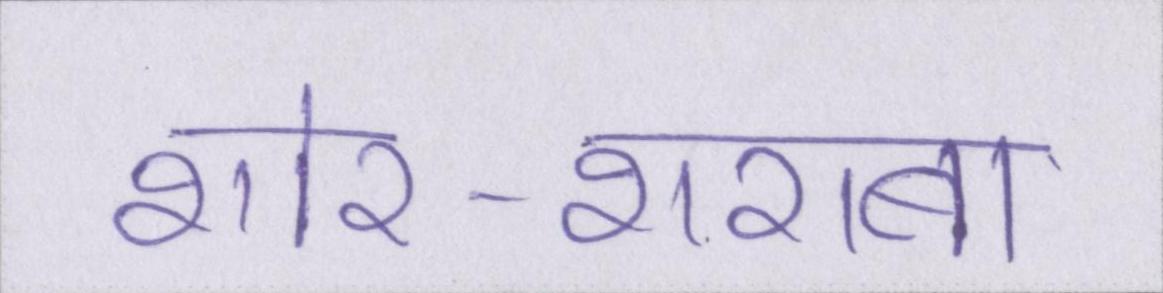
शोर-शराबा